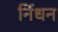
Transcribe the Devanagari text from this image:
र्निधन